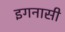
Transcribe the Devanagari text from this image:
इगनासी